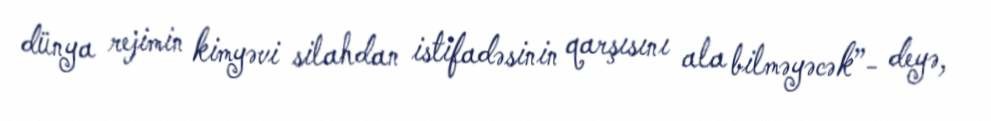
dünya rejimin kimyəvi silahdan istifadəsinin qarşısını ala bilməyəcək”- deyə,